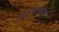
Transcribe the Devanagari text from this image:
ह्यांनीदेखील